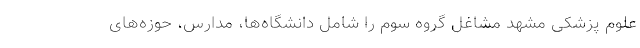
علوم پزشکی مشهد مشاغل گروه سوم را شامل دانشگاه‌ها، مدارس، حوزه‌های